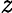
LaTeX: \mathit{z}